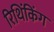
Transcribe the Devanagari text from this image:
रिथिंकिंग